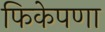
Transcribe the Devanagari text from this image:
फिकेपणा